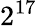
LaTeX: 2^{17}